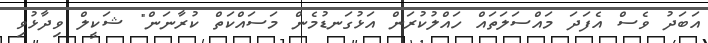
އަބަދު ވެސް އެފަދަ މައްސަލަތައް ހައްލުކުރަން އަޅުގަނޑުމެން މަސައްކަތް ކުރާނަން" ޝަކީލް ވިދާޅުވި